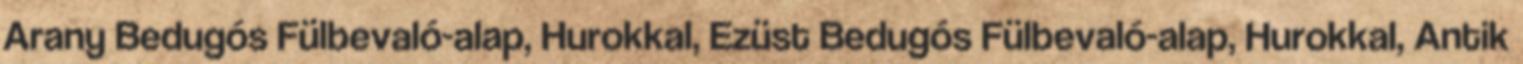
Arany Bedugós Fülbevaló-alap, Hurokkal, Ezüst Bedugós Fülbevaló-alap, Hurokkal, Antik